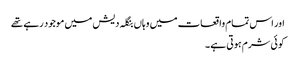
اور اس تمام واقعات میں وہاں بنگلہ دیش میں موجود رہے تھے
کوئی شرم ہوتی ہے ۔